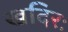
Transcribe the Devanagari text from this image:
खदिरः